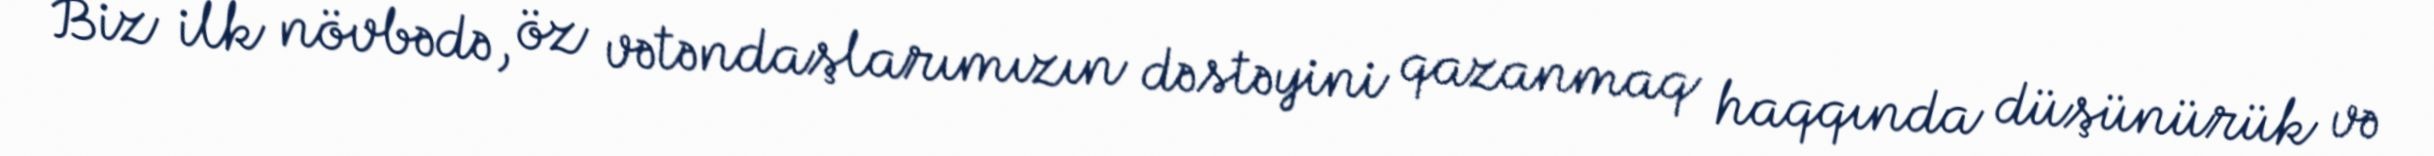
Biz ilk növbədə, öz vətəndaşlarımızın dəstəyini qazanmaq haqqında düşünürük və